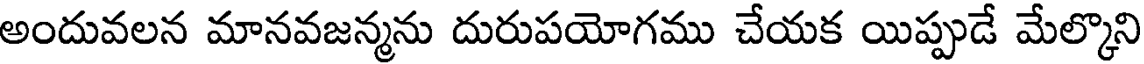
అందువలన మానవజన్మను దురుపయోగము చేయక యిప్పుడే మేల్కొని